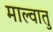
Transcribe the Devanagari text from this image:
माल्वातु